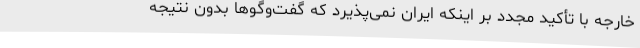
خارجه با تأکید مجدد بر اینکه ایران نمی‌پذیرد که گفت‌وگوها بدون نتیجه